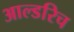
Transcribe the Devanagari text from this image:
आल्डरिच